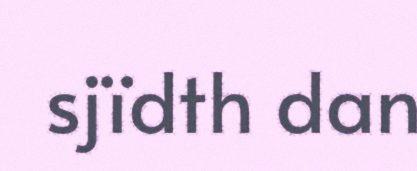
sjïdth dan